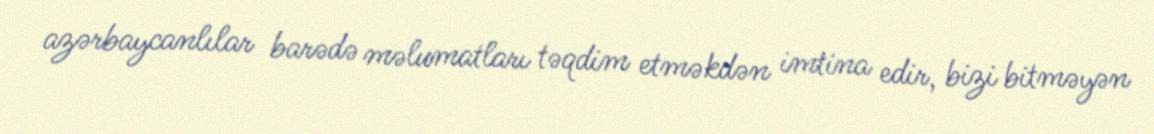
azərbaycanlılar barədə məlumatları təqdim etməkdən imtina edir, bizi bitməyən